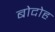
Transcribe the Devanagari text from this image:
बोदोह